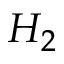
H _ { 2 }